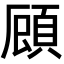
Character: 𮨇